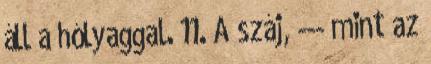
áll a hólyaggal. 11. A száj, --- mint az